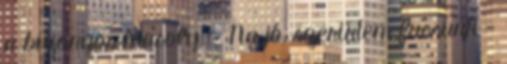
a bizonyos mosoly. - Na jó, szerintem fussunk -